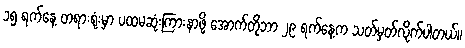
၁၅ ရက်နေ့ တရားရုံးမှာ ပထမဆုံးကြားနာဖို့ အောက်တိုဘာ ၂၉ ရက်နေ့က သတ်မှတ်လိုက်ပါတယ်။